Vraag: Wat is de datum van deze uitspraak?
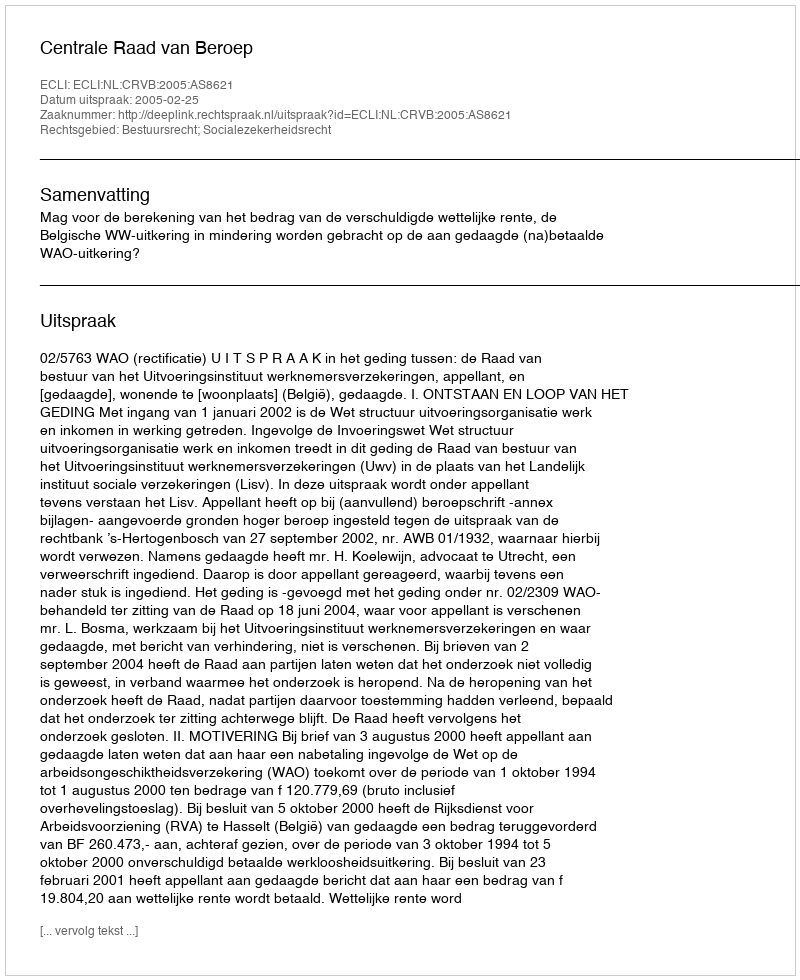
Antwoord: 2005-02-25